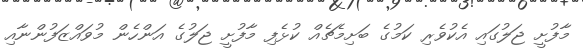
މާފުށީ ޖަލުގައި އެކުވެރި ކަމުގެ ބަށިމެޗެއް ކުޅެފި މާފުށީ ޖަލުގެ އަންހެން މުވައްޒަފުންނާއި